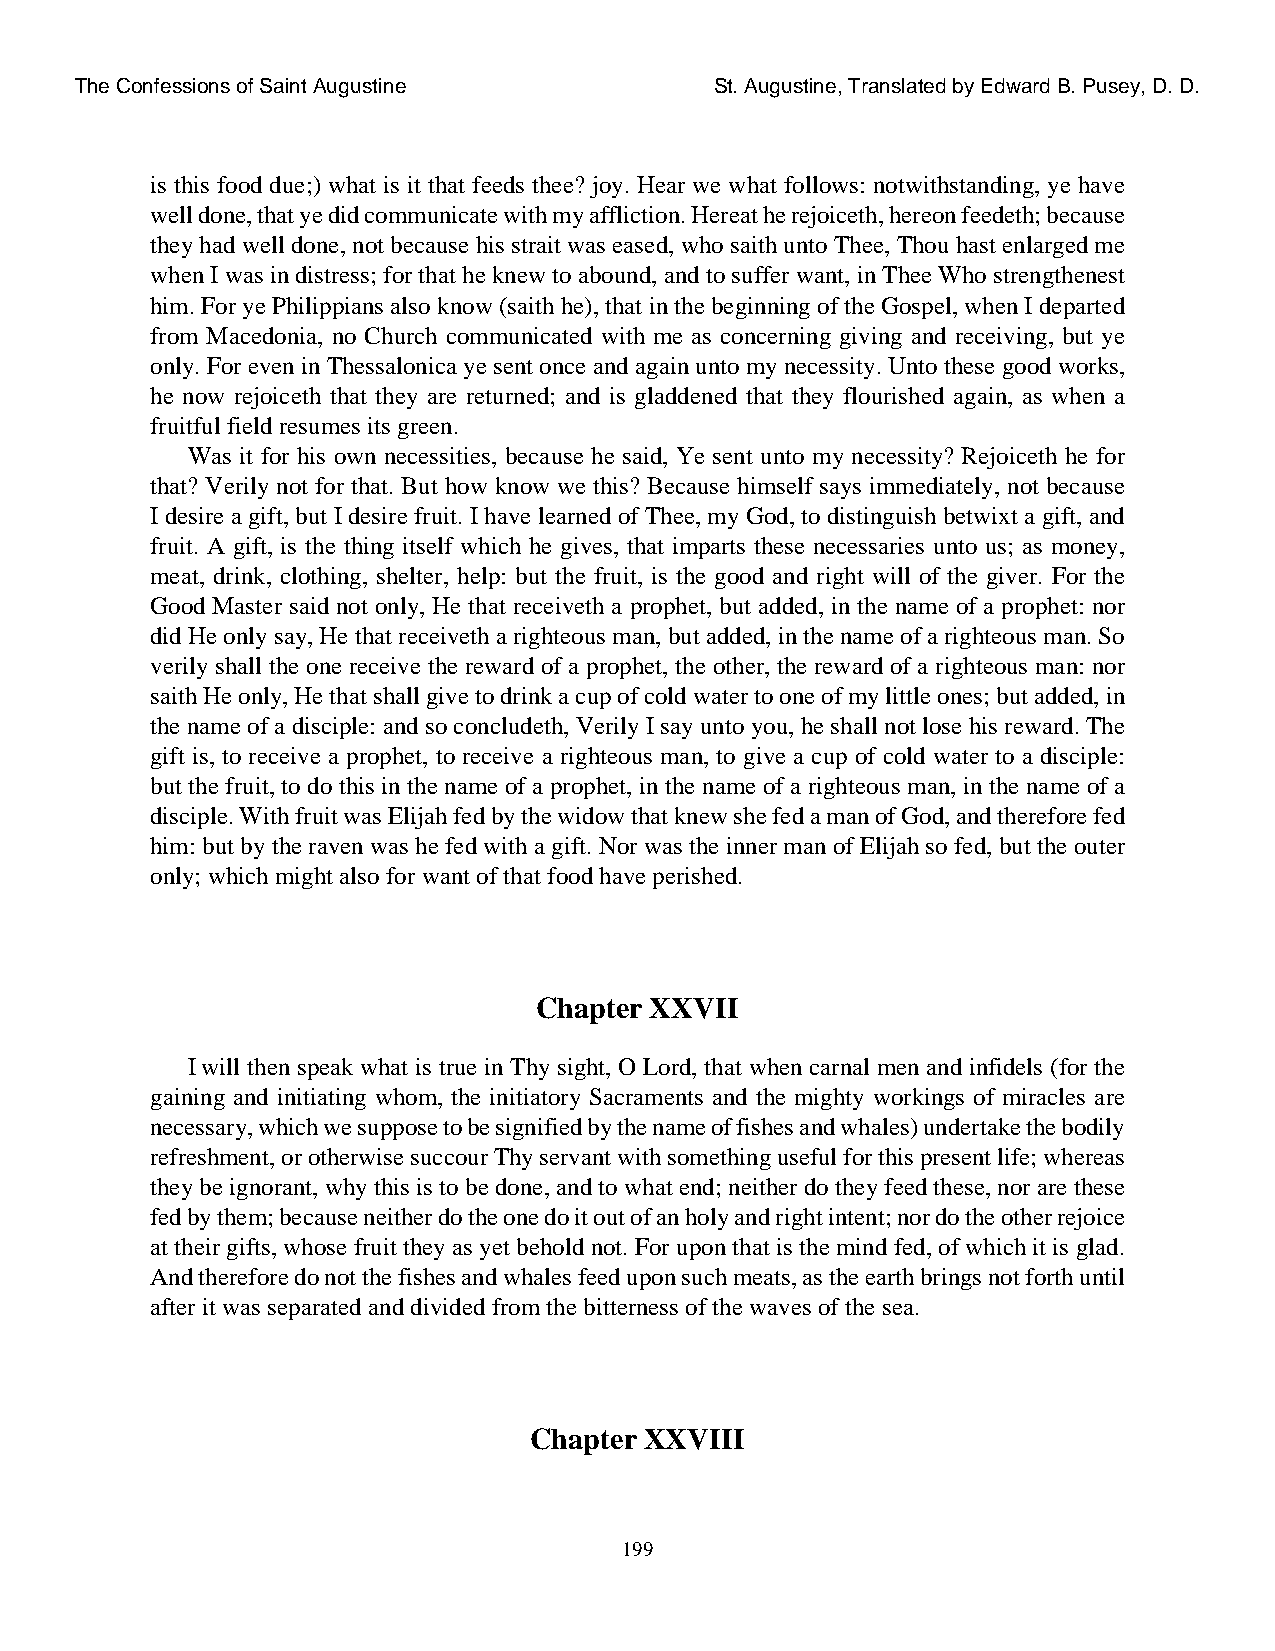
The Confessions of Saint Augustine        St. Augustine, Translated by Edward B. Pusey, D. D.
 is this food due;) what is it that feeds thee? joy. Hear we what follows: notwithstanding, ye have
 well done, that ye did communicate with my affliction. Hereat he rejoiceth, hereon feedeth; because
 they had well done, not because his strait was eased, who saith unto Thee, Thou hast enlarged me
 when I was in distress; for that he knew to abound, and to suffer want, in Thee Who strengthenest
 him. For ye Philippians also know (saith he), that in the beginning of the Gospel, when I departed
 from Macedonia, no Church communicated with me as concerning giving and receiving, but ye
 only. For even in Thessalonica ye sent once and again unto my necessity. Unto these good works,
 he now rejoiceth that they are returned; and is gladdened that they flourished again, as when a
 fruitful field resumes its green.
 Was it for his own necessities, because he said, Ye sent unto my necessity? Rejoiceth he for
 that? Verily not for that. But how know we this? Because himself says immediately, not because
 I desire a gift, but I desire fruit. I have learned of Thee, my God, to distinguish betwixt a gift, and
 fruit. A gift, is the thing itself which he gives, that imparts these necessaries unto us; as money,
 meat, drink, clothing, shelter, help: but the fruit, is the good and right will of the giver. For the
 Good Master said not only, He that receiveth a prophet, but added, in the name of a prophet: nor
 did He only say, He that receiveth a righteous man, but added, in the name of a righteous man. So
 verily shall the one receive the reward of a prophet, the other, the reward of a righteous man: nor
 saith He only, He that shall give to drink a cup of cold water to one of my little ones; but added, in
 the name of a disciple: and so concludeth, Verily I say unto you, he shall not lose his reward. The
 gift is, to receive a prophet, to receive a righteous man, to give a cup of cold water to a disciple:
 but the fruit, to do this in the name of a prophet, in the name of a righteous man, in the name of a
 disciple. With fruit was Elijah fed by the widow that knew she fed a man of God, and therefore fed
 him: but by the raven was he fed with a gift. Nor was the inner man of Elijah so fed, but the outer
 only; which might also for want of that food have perished.
 Chapter XXVII
 I will then speak what is true in Thy sight, O Lord, that when carnal men and infidels (for the
 gaining and initiating whom, the initiatory Sacraments and the mighty workings of miracles are
 necessary, which we suppose to be signified by the name of fishes and whales) undertake the bodily
 refreshment, or otherwise succour Thy servant with something useful for this present life; whereas
 they be ignorant, why this is to be done, and to what end; neither do they feed these, nor are these
 fed by them; because neither do the one do it out of an holy and right intent; nor do the other rejoice
 at their gifts, whose fruit they as yet behold not. For upon that is the mind fed, of which it is glad.
 And therefore do not the fishes and whales feed upon such meats, as the earth brings not forth until
 after it was separated and divided from the bitterness of the waves of the sea.
 Chapter XXVIII
 199